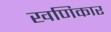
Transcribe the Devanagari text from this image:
खणिकार